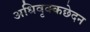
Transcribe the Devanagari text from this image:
अधिवृक्कछेदन